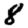
Digit: 8